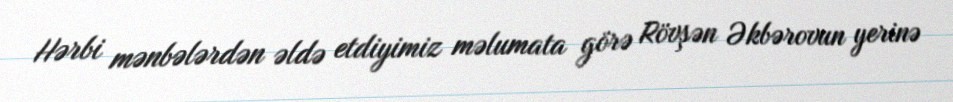
Hərbi mənbələrdən əldə etdiyimiz məlumata görə Rövşən Əkbərovun yerinə